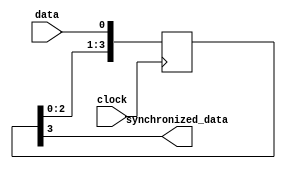
module four_flop_synchronizer(
    input data,
    input clock,
    output reg synchronized_data
);

reg [3:0] q;

always @(posedge clock) begin
    q <= {q[2:0], data};
end

assign synchronized_data = q[3];

endmodule